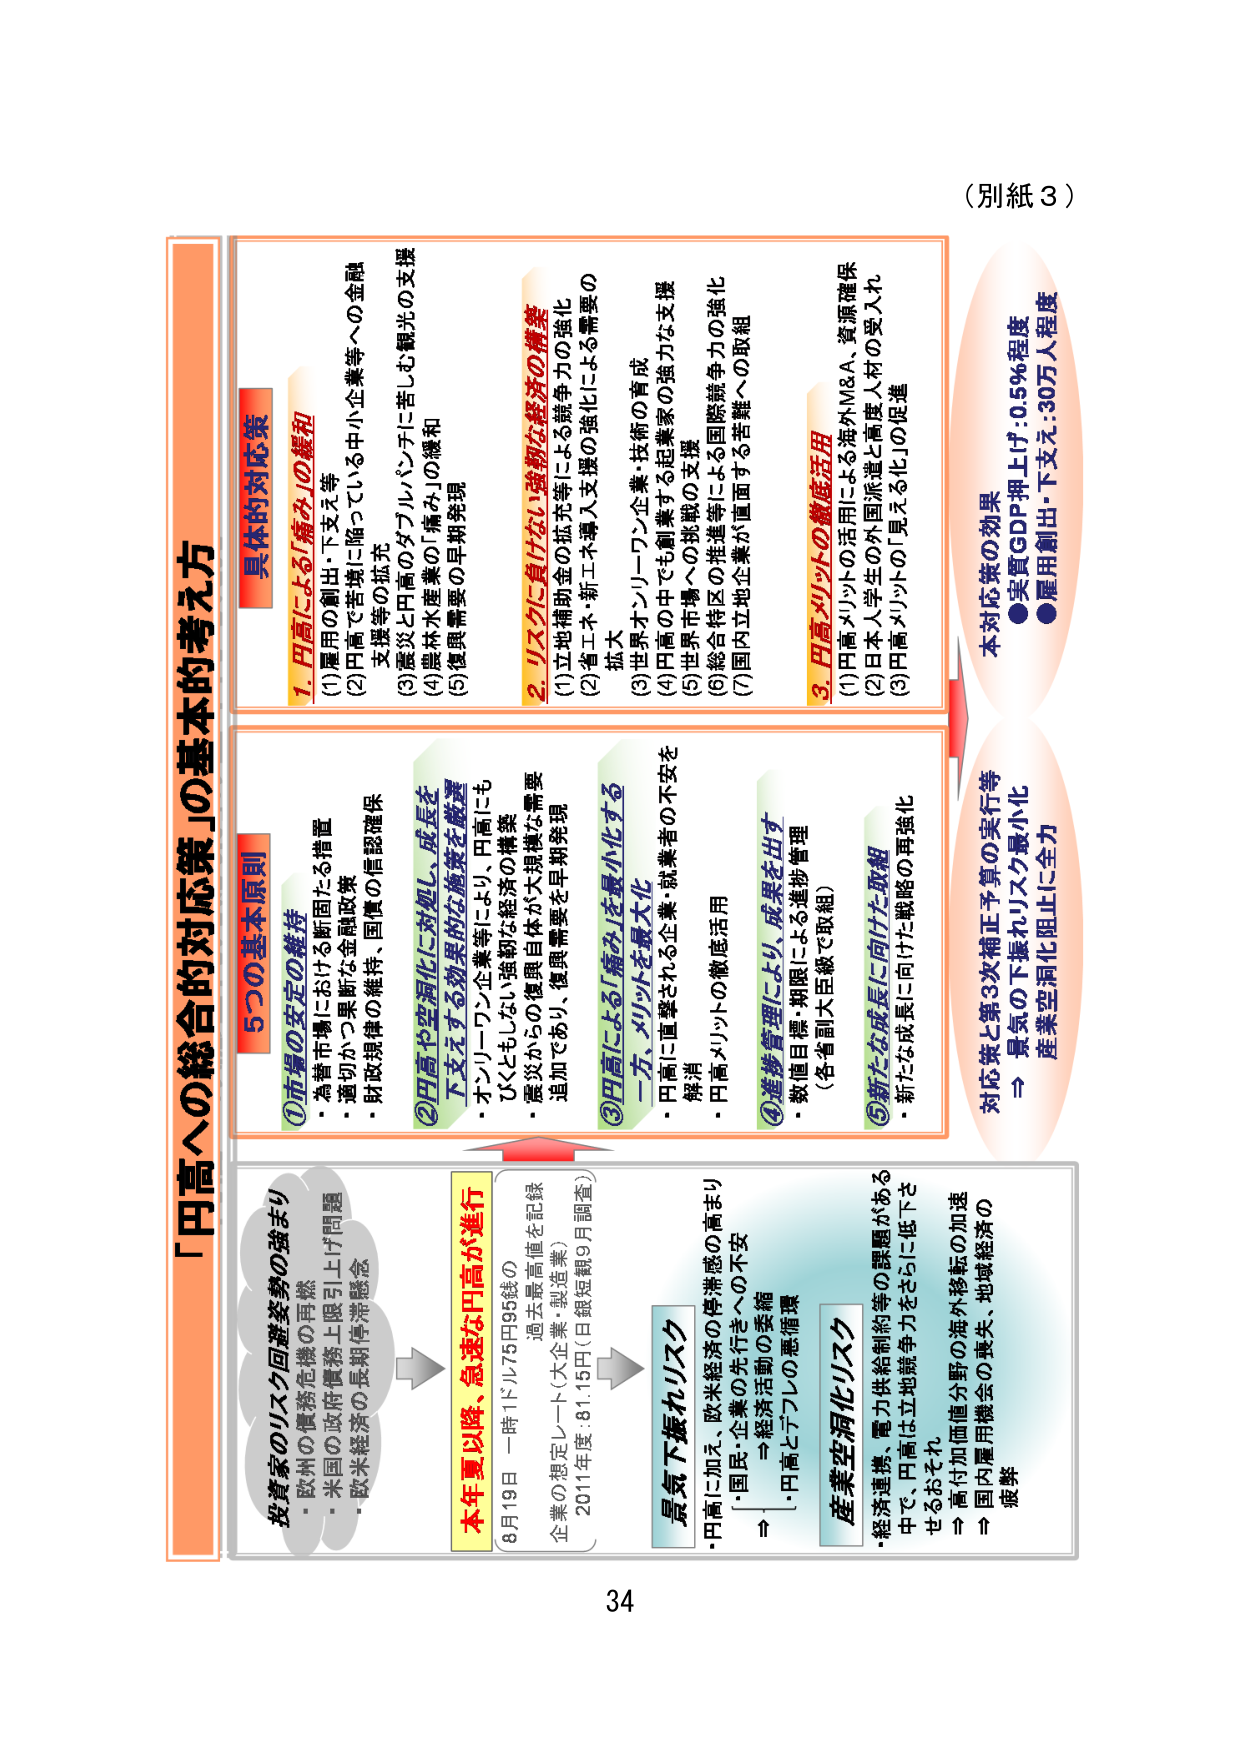
（別紙３）

「円高への総合的対応策」の基本的考え方

投資家のリスク回避姿勢の強まり
・欧州の債務危機の再燃
・米国の政府債務上限引き上げ問題
・欧米経済の長期停滞懸念

→ 本年夏以降、急速な円高が進行
8月19日 一時1ドル75円99銭の
過去最高値を記録
企業の想定レート（大企業・製造業）
2011年度：81.15円（日銀短期9月調査）

→ 最気下振れリスク
・円高に加え、欧米経済の停滞感の高まり
・国民・企業の先行きへの不安
⇒ 「経済活動の委縮」
・円高とデフレの悪循環

→ 産業空洞化リスク
・経済連携、電力供給制約等の課題がある中、円高は立地競争力をさらに低下させるおそれ
⇒ 国内加価値分野の海外移転の加速
⇒ 国内雇用機会の喪失、地域経済の疲弊

5つの基本原則

①市場の安定の維持
・為替市場における断たる措置
・適切かつ果断な金融政策
・財政規律の維持、国債の信認確保

②円高や空洞化に対処し、成長を下支えする効果的な施策を厳選
・オンリーワン企業等により、円高にもひくともしれない強靭な経済の構築
・震災からの復興目標が大規模な需要追加であり、復興需要を早期発現

③円高による「痛み」を最小化する一方、メリットを最大化
・円高に直撃される企業・就業者の不安を解消
・円高メリットの徹底活用

④進捗管理により、成果を出す
・数値目標・期限による進捗管理
（各省副大臣級で取組）

⑤新たな成長に向けた取組
・新たな成長に向けた戦略の再強化

具体的対応策

1. 円高による「痛み」の緩和
(1) 雇用の創出・下支え等
(2) 円高で苦境に陥っている中小企業等への金融支援等の拡充
(3) 震災と円高のダブルパンチに苦しむ観光の支援
(4) 農林水産業の「痛み」の緩和
(5) 復興需要の早期発現

2. リスクに負けない強靭な経済の構築
(1) 立地補助金の拡充等による競争力の強化
(2) 省エネ・新エネ導入支援の強化による需要の拡大
(3) 世界オリンピック企業・技術の育成
(4) 円高の中でも創業する起業家の強力な支援
(5) 世界市場への挑戦の支援
(6) 総合特区の推進等による国際競争力の強化
(7) 国内立地企業が直面する苦難への取組

3. 円高メリットの徹底活用
(1) 円高メリットの活用による海外M&A、資源確保
(2) 日本人学生の外国派遣と高度人材の受入れ
(3) 円高メリットの「見える化」の促進

対応策と第3次補正予算の実行等
→ 最気の下振れリスク最小化
産業空洞化阻止に全力

本対応策の効果
● 実質GDP押し上げ：0.5%程度
● 雇用創出・下支え：30万人程度

34